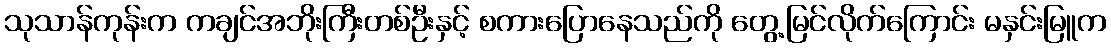
သုသာန်ကုန်းက ကချင်အဘိုးကြီးတစ်ဦးနှင့် စကားပြောနေသည်ကို တွေ့မြင်လိုက်ကြောင်း မနှင်းမြူက